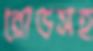
রোডসহ